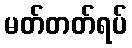
မတ်တတ်ရပ်